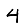
Digit: 4